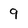
Character: 9